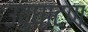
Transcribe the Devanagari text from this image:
उदघाटण